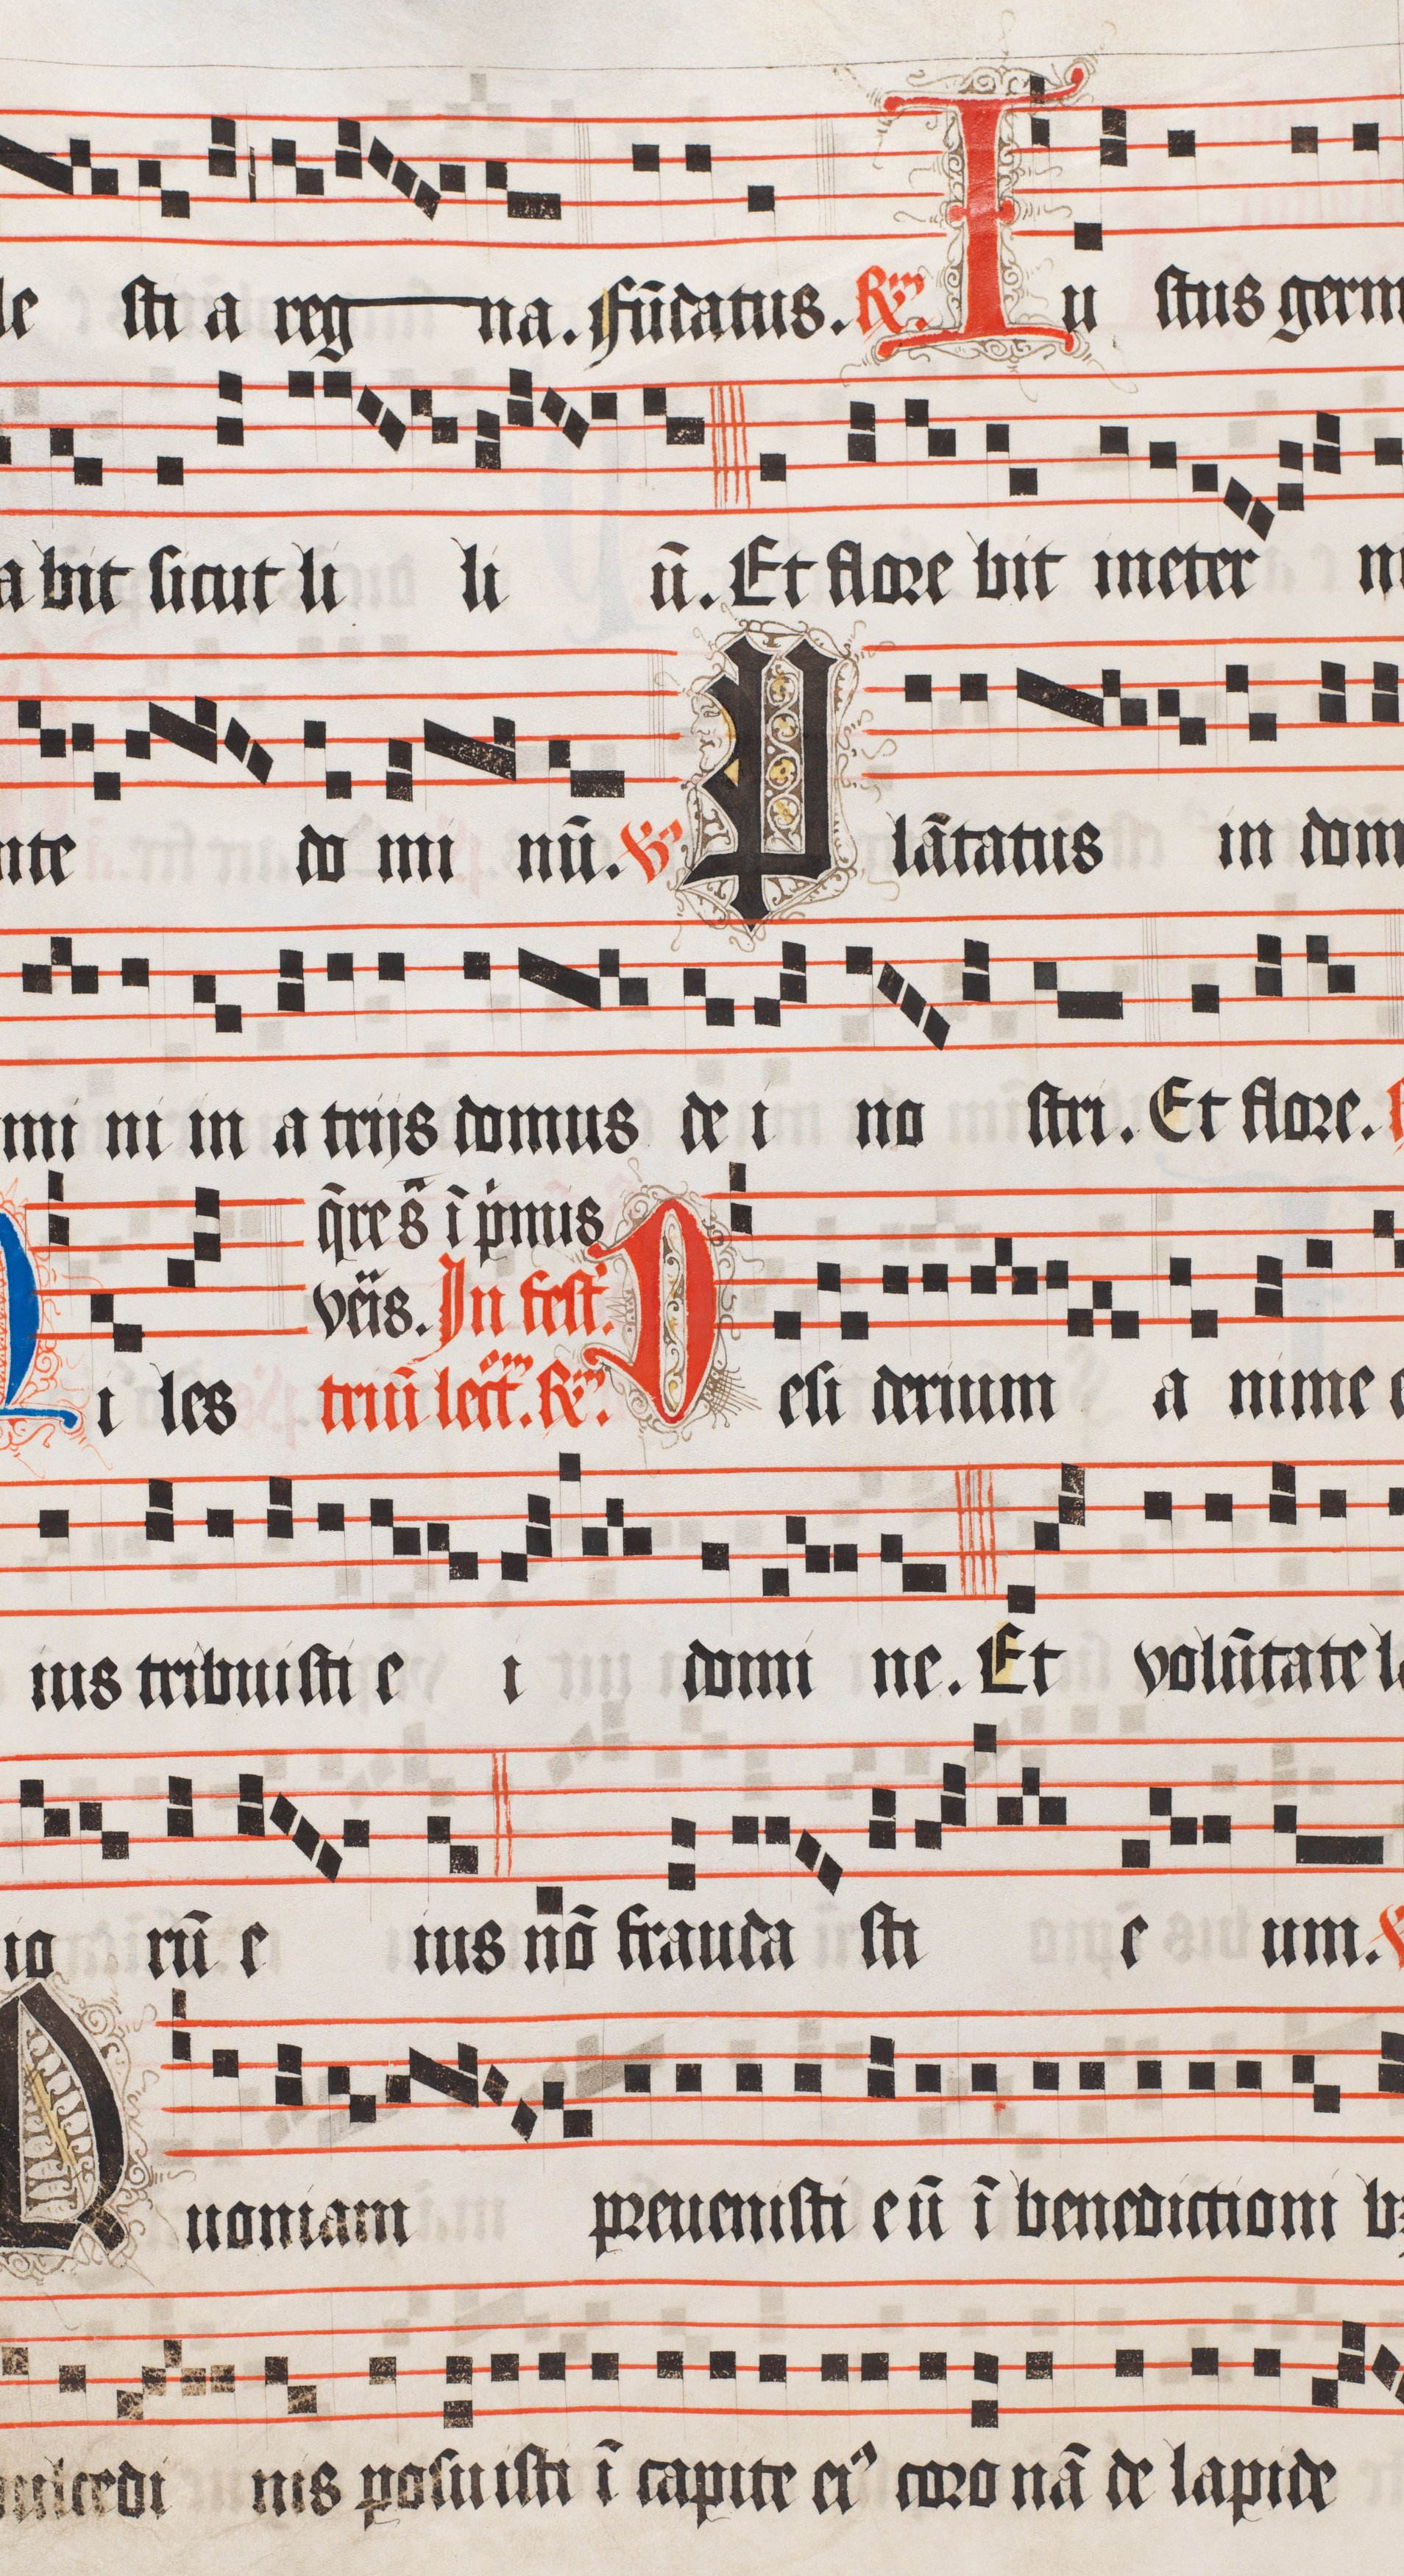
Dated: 1510–1517